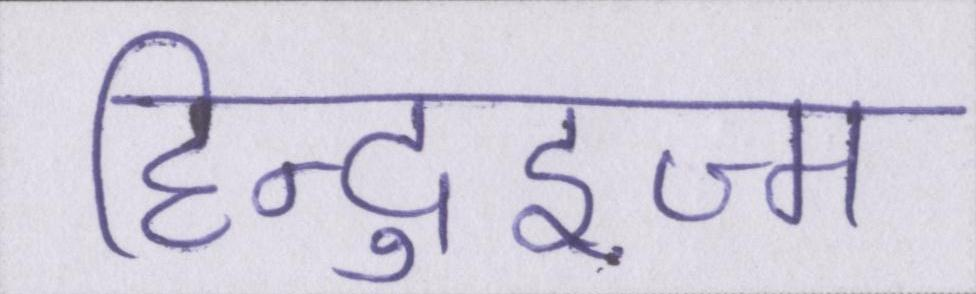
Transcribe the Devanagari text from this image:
हिन्दुइज्म